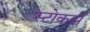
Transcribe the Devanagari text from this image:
स्टोकसे